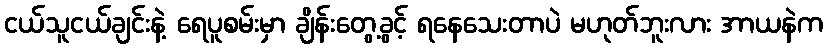
ငယ်သူငယ်ချင်းနဲ့ ရေပူစမ်းမှာ ချိန်းတွေ့ခွင့် ရနေသေးတာပဲ မဟုတ်ဘူးလား အာယနဲက